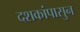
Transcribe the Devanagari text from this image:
दशकांपासुन